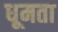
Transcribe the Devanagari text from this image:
धूमता